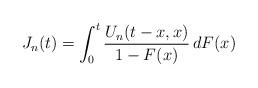
LaTeX: \begin{align*} J_n(t)&= \int_0^t \frac{U_n(t-x,x)}{1-F(x)}\,dF(x)\end{align*}